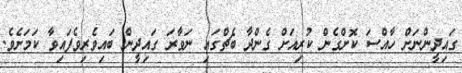
ގައިދީންނަށް ހާއްސަ ކޮށްގެން ކުރިއަށް ގެންދާ ބެޗްގައި ނަވާރަ ގައިދީން ބައިވެރިވެފައިވާ ކަމަށެވެ.